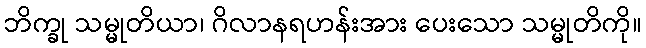
ဘိက္ခု သမ္မုတိယာ၊ ဂိလာနရဟန်းအား ပေးသော သမ္မုတိကို။